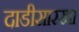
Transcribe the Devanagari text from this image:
दाडीसारखा